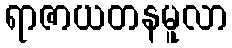
ရာဇာယတနမူလာ